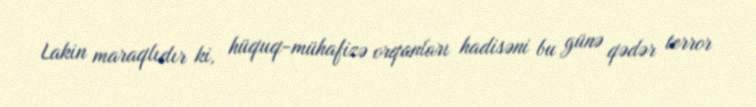
Lakin maraqlıdır ki, hüquq-mühafizə orqanları hadisəni bu günə qədər terror